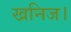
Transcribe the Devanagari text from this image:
खनिज।